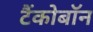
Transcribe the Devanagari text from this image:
टैंकोबाॅन